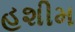
હશીમ